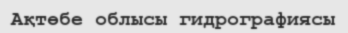
Ақтөбе облысы гидрографиясы